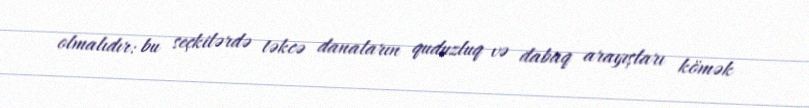
olmalıdır: bu seçkilərdə təkcə danaların quduzluq və dabaq arayışları kömək